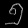
Digit: ၅